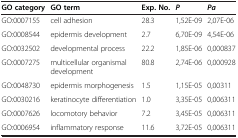
<table><thead><tr><td><b>GO category</b></td><td><b>GO term</b></td><td><b>Exp. No.</b></td><td><b><i>P</i></b></td><td><b><i>Pa</i></b></td></tr></thead><tbody><tr><td>GO:0007155</td><td>cell adhesion</td><td>28.3</td><td>1,52E-09</td><td>2,07E-06</td></tr><tr><td>GO:0008544</td><td>epidermis development</td><td>2.7</td><td>6,70E-09</td><td>4,54E-06</td></tr><tr><td>GO:0032502</td><td>developmental process</td><td>22.2</td><td>1,85E-06</td><td>0,000837</td></tr><tr><td>GO:0007275</td><td>multicellular organismal development</td><td>80.8</td><td>2,74E-06</td><td>0,000928</td></tr><tr><td>GO:0048730</td><td>epidermis morphogenesis</td><td>1.5</td><td>1,15E-05</td><td>0,00311</td></tr><tr><td>GO:0030216</td><td>keratinocyte differentiation</td><td>1.0</td><td>3,35E-05</td><td>0,006311</td></tr><tr><td>GO:0007626</td><td>locomotory behavior</td><td>7.2</td><td>3,45E-05</td><td>0,006311</td></tr><tr><td>GO:0006954</td><td>inflammatory response</td><td>11.6</td><td>3,72E-05</td><td>0,006311</td></tr></tbody></table>